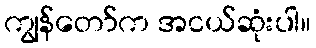
ကျွန်တော်က အငယ်ဆုံးပါ။